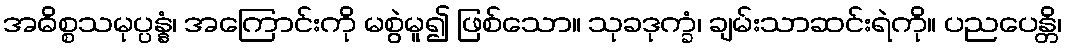
အဓိစ္စသမုပ္ပန္နံ၊ အကြောင်းကို မစွဲမူ၍ ဖြစ်သော။ သုခဒုက္ခံ၊ ချမ်းသာဆင်းရဲကို။ ပညပေန္တိ၊